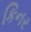
કિનર